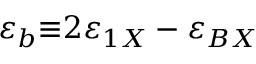
\varepsilon _ { b } { \equiv } 2 \varepsilon _ { 1 X } - \varepsilon _ { B X }